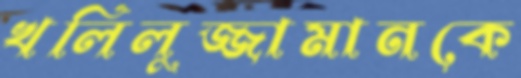
খলিলুজ্জামানকে